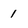
Character: 1